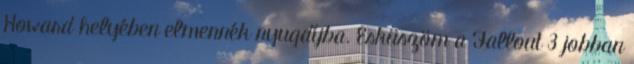
Howard helyében elmennék nyugdíjba. Esküszöm a Fallout 3 jobban